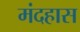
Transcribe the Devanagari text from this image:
मंदहास